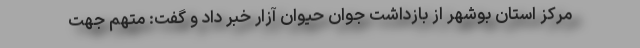
مرکز استان بوشهر از بازداشت جوان حیوان آزار خبر داد و گفت: متهم جهت